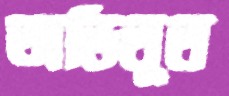
অভিতূত